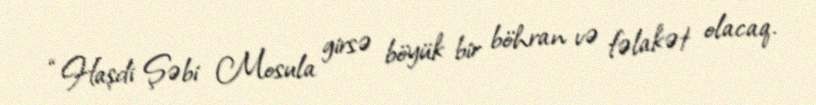
“Haşdi Şəbi Mosula girsə böyük bir böhran və fəlakət olacaq.